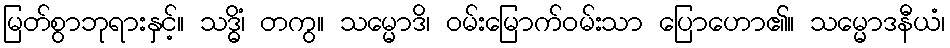
မြတ်စွာဘုရားနှင့်။ သဒ္ဓိံ၊ တကွ။ သမ္မောဒိ၊ ဝမ်းမြောက်ဝမ်းသာ ပြောဟော၏။ သမ္မောဒနီယံ၊